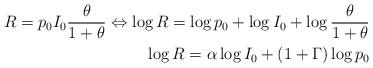
LaTeX: \begin{align*}R = p_0 I_0 \frac{\theta}{1 + \theta} \Leftrightarrow \log R = \log p_0 + \log I_0 + \log \frac{\theta}{1 + \theta} \\\log R = \alpha \log I_0 + ( 1 + \Gamma ) \log p_0 \end{align*}